Structure of Hæmatopota pluvialis (Meigen) - Number 55
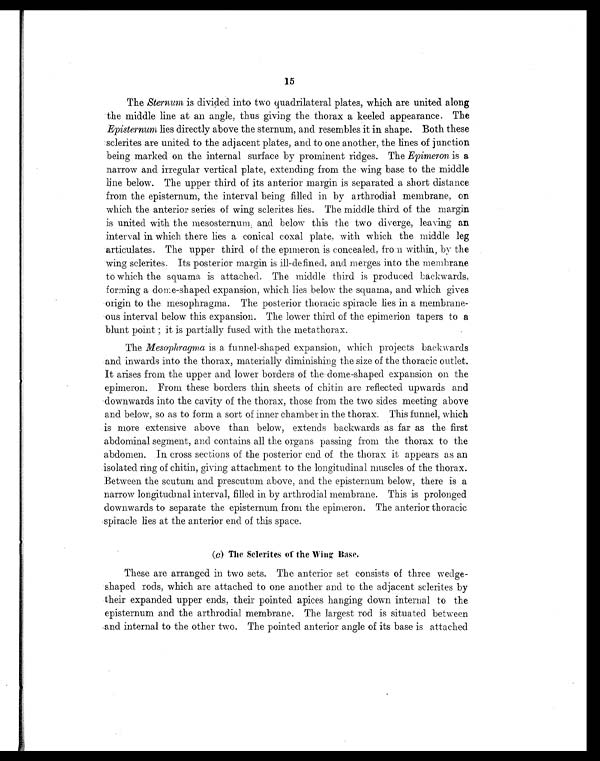
15
The Sternum is divided into two quadrilateral plates, which are united along
the middle line at an angle, thus giving the thorax a keeled appearance. The
Episternum lies directly above the sternum, and resembles it in shape. Both these
sclerites are united to the adjacent plates, and to one another, the lines of junction
being marked on the internal surface by prominent ridges. The Epimeron is a
narrow and irregular vertical plate, extending from the wing base to the middle
line below. The upper third of its anterior margin is separated a short distance
from the episternum, the interval being filled in by arthrodial membrane, on
which the anterior series of wing sclerites lies. The middle third of the margin
is united with the mesosternum, and below this the two diverge, leaving an
interval in which there lies a conical coxal plate, with which the middle leg
articulates. The upper third of the epimeron is concealed, from within, by the
wing sclerites. Its posterior margin is ill-defined, and merges into the membrane
to which the squama is attached. The middle third is produced backwards,
forming a dome-shaped expansion, which lies below the squama, and which gives
origin to the mesophragma. The posterior thoracic spiracle lies in a membrane-
ous interval below this expansion. The lower third of the epimerion tapers to a
blunt point ; it is partially fused with the metathorax.
The Mesophragma is a funnel-shaped expansion, which projects backwards
and inwards into the thorax, materially diminishing the size of the thoracic outlet.
It arises from the upper and lower borders of the dome-shaped expansion on the
epimeron. From these borders thin sheets of chitin are reflected upwards and
downwards into the cavity of the thorax, those from the two sides meeting above
and below, so as to form a sort of inner chamber in the thorax. This funnel, which
is more extensive above than below, extends backwards as far as the first
abdominal segment, and contains all the organs passing from the thorax to the
abdomen. In cross sections of the posterior end of the thorax it appears as an
isolated ring of chitin, giving attachment to the longitudinal muscles of the thorax.
Between the scutum and prescutum above, and the episternum below, there is a
narrow longitudinal interval, filled in by arthrodial membrane. This is prolonged
downwards to separate the episternum from the epimeron. The anterior thoracic
spiracle lies at the anterior end of this space.
(c) The Selerites of the Wing Base.
These are arranged in two sets. The anterior set consists of three wedge-
shaped rods, which are attached to one another and to the adjacent sclerites by
their expanded upper ends. their pointed apices hanging down internal to the
episternum and the arthrodial membrane. The largest rod is situated between
and internal to the other two. The pointed anterior angle of its base is attached